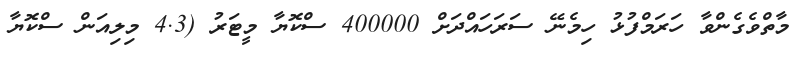
މާތްވެގެންވާ ހަރަމްފުޅު ހިމެނޭ ސަރަހައްދަށް 400000 ސްކޮޔާ މީޓަރު (4.3 މިލިއަން ސްކޮޔާ